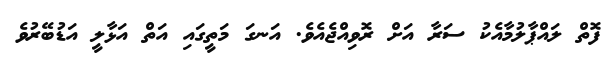
ފޮތް ލައްޕާލުމާއެކު ސަރާ އަށް ރޮވިއްޖެއެވެ. އަނގަ މަތީގައި އަތް އަޅާލީ އަޑުބޭރުވެ